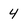
Character: 4